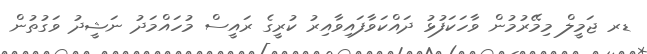
ޑރ ޖަމީލް މިމޭރުމުން ވާހަކަފުޅު ދައްކަވާފައިވާއިރު ކުރީގެ ރައީސް މުހައްމަދު ނަޝީދު ވަގުތުން